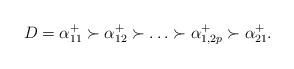
LaTeX: \begin{align*} D=\alpha^+_{11}\succ \alpha^+_{12}\succ \ldots \succ \alpha^+_{1,2p}\succ \alpha^+_{21}. \end{align*}